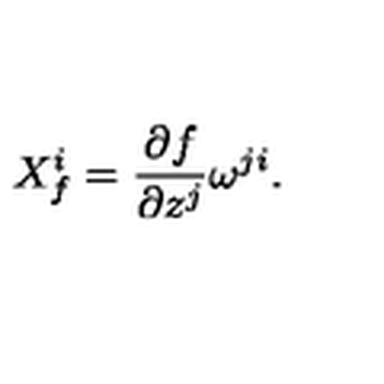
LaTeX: X _ { f } ^ { i } = \frac { \partial f } { \partial z ^ { j } } \omega ^ { j i } .